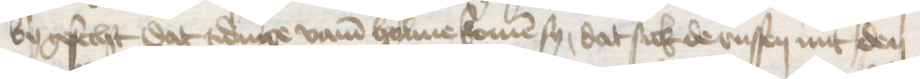
by gesecht dat tidinge vam Holme komen sy, dat sick de russen mit den